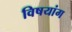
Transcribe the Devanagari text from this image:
विषयांग